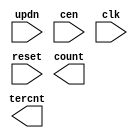
////////////////////////////////////////////////////////////////////////////////
//
//       This confidential and proprietary software may be used only
//     as authorized by a licensing agreement from Synopsys Inc.
//     In the event of publication, the following notice is applicable:
//
//                    (C) COPYRIGHT 1994 - 2018 SYNOPSYS INC.
//                           ALL RIGHTS RESERVED
//
//       The entire notice above must be reproduced on all authorized
//     copies.
//
//
// VERSION:   Simulation Architecture
//
// DesignWare_version: f4092d46
// DesignWare_release: O-2018.06-DWBB_201806.3
//
////////////////////////////////////////////////////////////////////////////////
//-------------------------------------------------------------------------
//
// ABSTRACT:  LFSR Up/Down Counter
//           Programmable wordlength (width in integer range 1 to 50)
//           positive edge-triggering clock: clk
//           asynchronous reset(active low): reset
//           updn = '1' count up, updn = '0' count down
//           count state : count
//           when reset = '0' , count <= "000...000"
//           counter state 0 to 2**width-2, "111...111" illegal state
//
// MODIFIED:
//
//           07/16/2015  Liming Su   Changed for compatibility with VCS Native
//                                   Low Power
//
//           07/14/94 06:26am
//           GN Feb. 16th, 1996
//           changed dw03 to DW03
//           remove $generic
//           define parameter width=8
//-------------------------------------------------------------------------

module DW03_lfsr_updn
 (updn, cen, clk, reset, count, tercnt);


  parameter integer width = 8;
  input updn, cen, clk, reset;
  output [width-1 : 0] count;
  output tercnt;

  // synopsys translate_off

  reg shift_right, shift_left, right_xor, left_xor, tc;
  reg [width-1 : 0] q, de, d;

`ifdef UPF_POWER_AWARE
`protected
\e(O-[[A:?)b@9W9c#C5&DXSVHg-98:A005,V-EW:7\,#@#LQAV-3)5A1>.\XKIL
3WKT:W_P/RSb9,IUDHM0:B[b5:]JR<W=6-=-5:104GJD7IOKAXFJ^A1[+g]F01fF
8#QReZ-V8=Q\,55DcS]0(b]\<bEWTc>21d<2IHg(33&gQIATWUBE(5f.GGII\/1[
Z]e_Ja08g)XZO]]HYX4I4H?8&([IN)D7Wg;Gf?dB2c+O7Gc\8)0,\e^T-(Y&LcUG
g1;9V=]E>#SHXN6=1.[Vc[O0?[fLT#O+1Y[1AAC)SdNEHN&X4H=(edZea2<B/3;c
AMQEf2SR37PTaL^?GL6@C1bV@Z3Q7_[4g)JQMfG5+b/abSb:H_Y,D:X<41DF6c5C
Q12FZ0eC8]@;IDbK1L[4B+]3aBaUI]8^4W<Q5J_0_f\dgT+&+&MRI>2\(9e9(A#,
J@YB@>H.dR0#d@)DJEK?>M&U>3ZXSdb>Q\0D-7gAMD-G?8Ke3\J3?D)<7M(YOV2c
5P>::7O/,?gecENUFC)e2gIU\TG;<<,Z\9]44GbY4FFN[1_N[HcY8B(6E?ETW?=]
6LA2=(-<R0dPBPM=KTC6MC.5@b?aO>6VX6BQ\N32:X>2Y[0<918/Gf?9.OeCeSa6
Z8fC83>cR=,Wd#QD[MRgA4eN:dXGC<P?D8.-FNU;#]E4(\M(dD\MNL6.3A?F_B<L
HJL50JdbA>e)R6dOPWgDZ58&=/&AXc6L?0<8;GA4JbPb051;7[bSAec:?6<]^6cV
;:Q+TWJVP)WEaE=>5_7V@JK,P/POGKdHT2=V&IBUR\c:6LIZZc/DLPBPJGgPdd>T
KRAV_S:HW#f@fA46Y&c\)&.&C:0H9VU1b+?6JN:VOI@_?S(Md(.^W<R5Z4Z(D97?
a?-/\.+)B1d7&8K&G]b57bQ38b0EAI9O/I,4gK^Naa&,b5S?@H-[8O)JJC=H.VBU
NK.EW(9LW]I<,OO#DR29;9MKW4+8\P2fGU__&THFX(.C\caN7;(@ON^F&NbA.H0@
(G00YH?)-Dd;U8&LRa.KgKD1[/C-VJ/5Z9Zd\c;WRBGY9_>FX<630=?.8Y(GA5f=
WfORL\GQ=E2)@dRGA6PY1>,/N1Va8<8G0:&,5^8/M7#+eK;KS->[dY>P/T1,)X+X
V<7,aAbIcDc]I7?AASH]?I:),RW/N<RPZ([6Fb3dX@Q#8+dg]a8#,K>1ZLd)BGDD
/;.#9OM&2Y()F4R]C6Nb=;=18XAGSQC+D?46WS7&<GdMFV=9g)KRgD#Q2WOaNgYG
^O.Z+_M-(W2&FCH.57.IKKQF\c+VB/gU]RAKT?R(Oe=P88MJ4XEZ]-H;>GG/YF><
JffG9Y0gY2FQC+b9fLD(M:U9)91.T[MRVf]-d915M9=eYRL>dVF=^eZ]1fH3bdE1
\TF>\F8_ISV@9;S3^4&;6F1N18FK(_H/0g/#>^S(136?LP(4;9C12&J?.>2Yb?)[
8+VJ_Y(#d[KSSL/dB>N@]?@8b.cZ+fDC7,+EZ6O7R9?K(PNc+#AXcD4e<O&-/gL-
LPM_g9P(?]32O()^DTK/@<4-\GB\<cD)F^O_WR#((A,U_(aYJ>F]NcY[K4AUH#0S
9gPD&OYec5?eVcd/2cQ^Tf]..Q^,3,,YK[Q?B3O4d7>G-5APc(/MO5I6/7+)6aI(
ceX?5MI#Y?K0,d7d&P1:QWf<HE9[\<1SI?91c&AJ-F?)R)7b0]4\CZc\-&_ZcWFU
>T5ZL<gGPY_8\QSWRG4?d->#+3RdYW7KOTETA8dZSX:O2=U>ZVg:3g#a&e<,JW0M
EaFJV\0J(PON5#gBW=P^I;)?,D>A_NJ79J8RNS86?3QXQ7OH_cAUS8?V+#Ge_DN1Q$
`endprotected

`else
  reg [width-1 : 0] pr, pl;
`endif

  function [width-1 : 0] shr;
    input [width-1 : 0] a;
    input msb;
    reg [width-1 : 0] b;
    begin
      b = a >> 1;
      b[width-1] = msb;
      shr = b;
    end
  endfunction

  function [width-1 : 0] shl;
    input [width-1 : 0] a;
    input lsb;
    reg [width-1 : 0] b;
    begin
      b = a << 1;
      b[0] = lsb;
      shl = b;
    end
  endfunction

  assign count  = q;
  assign tercnt = tc;

`ifndef UPF_POWER_AWARE
  initial
    begin
    case (width)
      1: pr = 1'b1;
      2,3,4,6,7,15,22: pr = 'b011;
      5,11,21,29,35: pr = 'b0101;
      10,17,20,25,28,31,41: pr = 'b01001;
      9,39: pr = 'b010001;
      23,47: pr = 'b0100001;
      18: pr = 'b010000001;
      49: pr = 'b01000000001;
      36: pr = 'b0100000000001;
      33: pr = 'b010000000000001;
      8,38,43: pr = 'b01100011;
      12: pr = 'b010011001;
      13,45: pr = 'b011011;
      14: pr = 'b01100000000011;
      16: pr = 'b0101101;
      19: pr = 'b01100011;
      24: pr = 'b011011;
      26,27: pr = 'b0110000011;
      30: pr = 'b011000000000000011;
      32,48: pr = 'b011000000000000000000000000011;
      34: pr = 'b01100000000000011;
      37: pr = 'b01010000000101;
      40: pr = 'b01010000000000000000101;
      42: pr = 'b0110000000000000000000011;
      44,50: pr = 'b01100000000000000000000000011;
      46: pr = 'b01100000000000000000011;
      default pr = 'bx;
    endcase
    pl = shr(pr,1'b1);
    end
`endif

  always
    begin: proc_shr
      right_xor = (width == 1) ? ~ q[0] : ^ (q & pr);
      shift_right = ~ right_xor;
      @q;
    end // proc_shr

  always
    begin: proc_shl
      left_xor = (width == 1) ? ~ q[width-1] : ^ (q & pl);
      shift_left = ~ left_xor;
      @q;
    end // proc_shl

  always
    @(updn or cen or q or shift_right or shift_left)
    begin
      de = updn ? shr(q,shift_right) : shl(q,shift_left);
      d = cen ? de : q;
    end


  always @(posedge clk or negedge reset)
    begin
    if (reset === 1'b0)
      q <= {width{1'b0}};

    else
      q <= d;
    end

  always @ (q or updn)
    begin
    if (updn === 1'bx)
      tc = 1'bx;
	  
    else
      begin
      if (updn === 1'b0)
		begin
		if (q === {1'b1, {width-1{1'b0}}})
		  tc = 1'b1;
	     
		else
		  tc = 1'b0;
		end
	     
      else
		begin
		if (q === {{width-1{1'b0}}, 1'b1})
		   tc = 1'b1;
	     
		else
		   tc = 1'b0;
		end
      end
    end

  // synopsys translate_on

endmodule // DW03_lfsr_updn